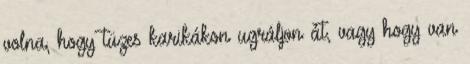
volna, hogy tüzes karikákon ugráljon át, vagy hogy van